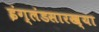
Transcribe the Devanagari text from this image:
इंग्लंडसारख्या